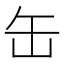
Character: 缶